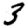
Digit: 3